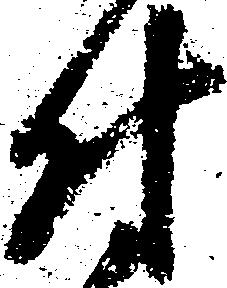
付